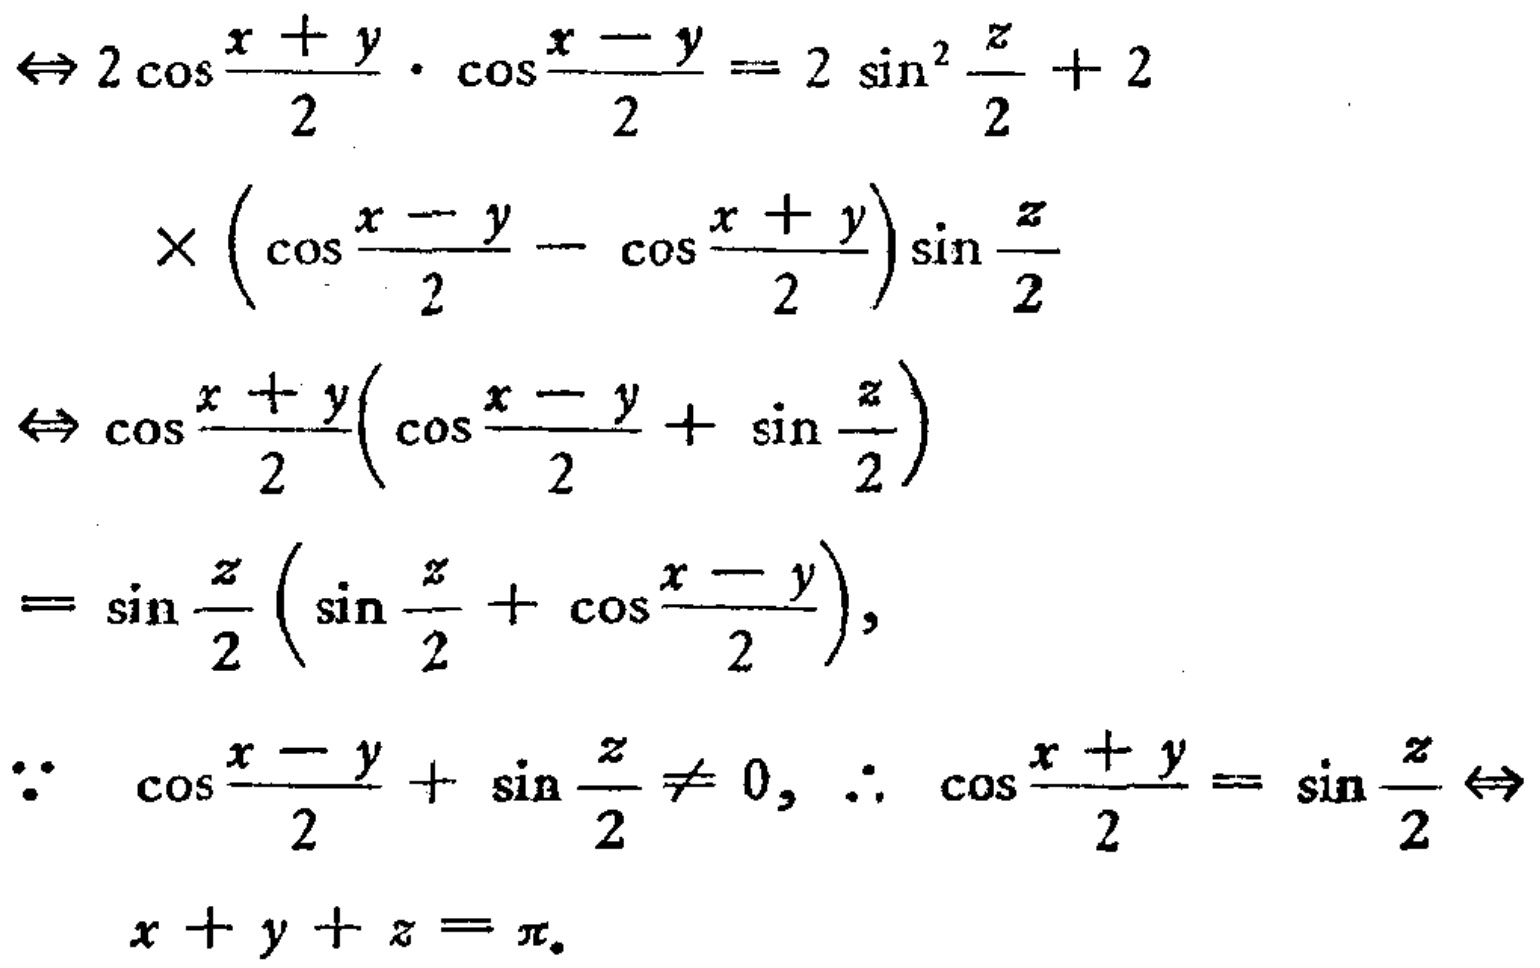
\begin{align*}

&\Leftrightarrow 2\cos\frac{x + y}{2}\cdot\cos\frac{x - y}{2}=2\sin^{2}\frac{z}{2}+2\\

&\quad\times\left(\cos\frac{x - y}{2}-\cos\frac{x + y}{2}\right)\sin\frac{z}{2}\\

&\Leftrightarrow\cos\frac{x + y}{2}\left(\cos\frac{x - y}{2}+\sin\frac{z}{2}\right)\\

&=\sin\frac{z}{2}\left(\sin\frac{z}{2}+\cos\frac{x - y}{2}\right),\\

&\because\cos\frac{x - y}{2}+\sin\frac{z}{2}\neq0,\therefore\cos\frac{x + y}{2}=\sin\frac{z}{2}\Leftrightarrow\\

&\quad x + y + z=\pi.

\end{align*}